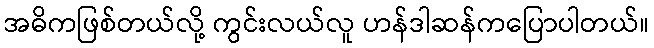
အဓိကဖြစ်တယ်လို့ ကွင်းလယ်လူ ဟန်ဒါဆန်ကပြောပါတယ်။